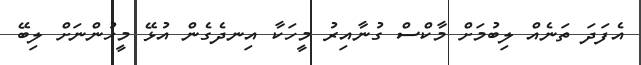
އެފަދަ ތަނެއް ލިބުމަށް މާކްސް ގުނާއިރު މީހަކާ އިނދެގެން އުޅޭ މީހުންނަށް ލިބޭ